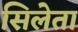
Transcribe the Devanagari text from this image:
सिलेता